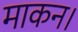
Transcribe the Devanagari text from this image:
माकन।